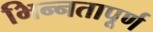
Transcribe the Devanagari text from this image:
भिन्‍नतापूर्ण